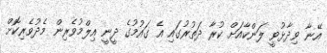
އޭނާ ވިދާޅުވީ ލަންކާއަށް ކުރާ ދަތުރުގައި އެ ގައުމުގެ ދީނީ އިލްމުވެރިން މެދުވެރިކޮށް